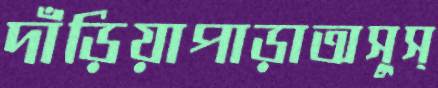
দাঁড়িয়াপাড়াঅসুস্